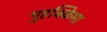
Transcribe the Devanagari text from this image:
मुहक्किमा